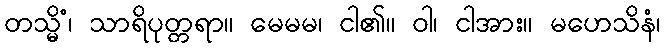
တသ္မိံ၊ သာရိပုတ္တရာ။ မေမမ၊ ငါ၏။ ဝါ၊ ငါအား။ မဟေသိနံ၊